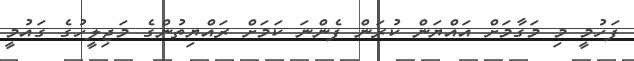
ފަހުމީ މި މަގާމަށް އައްޔަން ކުރަން ފެންނަ ކަމަށް ރައްޔިތުންގެ މަޖިލީހުގެ ގައުމީ